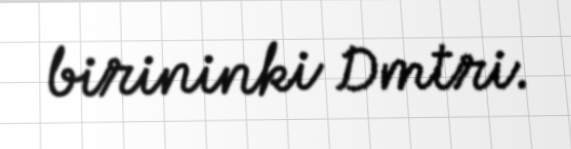
birininki Dmtri.